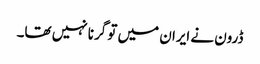
ڈرون نے ایران میں تو گرنا نہیں تھا۔